Indian journal of veterinary science and animal husbandry - Volumes 18-21, 1948-1951
Year: 1948
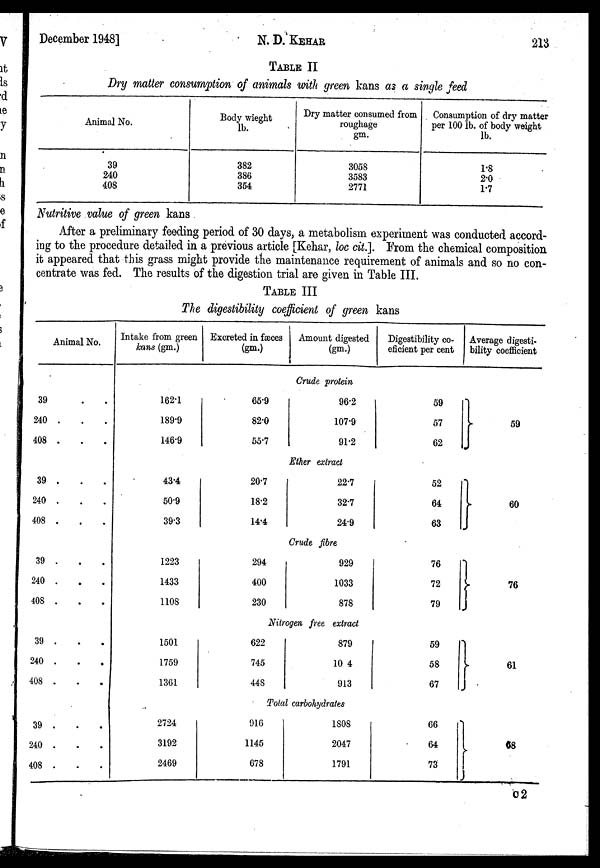
December 1948]
N. D.
KEHAR
213
TABLE II
Dry matter consumption of animals with green kans as a single feed
Animal No.
39
240
408
Body wieght
lb.
382
386
354
Dry matter consumed from
roughage
gm.
3058
3583
2771
Consumption of dry matter
per 100 lb. of body weight
lb.
1.8
2.0
1.7
Nutritive value of green kans
After a preliminary feeding period of 30 days, a metabolism experiment was conducted accord-
ing to the procedure detailed in a previous article [Kehar, loc cit.]. From the chemical composition
it appeared that this grass might provide the maintenance requirement of animals and so no con-
centrate was fed. The results of the digestion trial are given in Table III.
TABLE III
The digestibility coefficient of green kans
Animal No.
39
240 .
408 .
39 .
240 .
408 .
39 .
240 .
408 .
39 .
240 .
408 .
39 .
240
408 .
Intake from green
kans (gm.)
162.1
189.9
146.9
43.4
50.9
39.3
1223
1433
1108
1501
1759
1361
2724
3192
2469
Excreted in fæces
(gm.)
65.9
82.0
55.7
20.7
18.2
14.4
294
400
230
Amount digested
(gm.)
Crude protein
96.2
107.9
91.2
Ether extract
22.7
32.7
24.9
Crude fibre
929
1033
878
Nitrogen free extract
622
745
448
879
10 4
913
Total carbohydrates
916
1145
678
1808
2047
1791
Digestibility co-
eficient per cent
59
57
62
52
64
63
76
72
79
59
58
67
66
64
73
Average digesti-
bility coefficient
59
60
76
61
68
c2